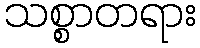
သစ္စာတရား